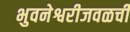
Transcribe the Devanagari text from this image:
भुवनेश्वरीजवळची